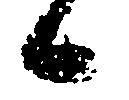
候